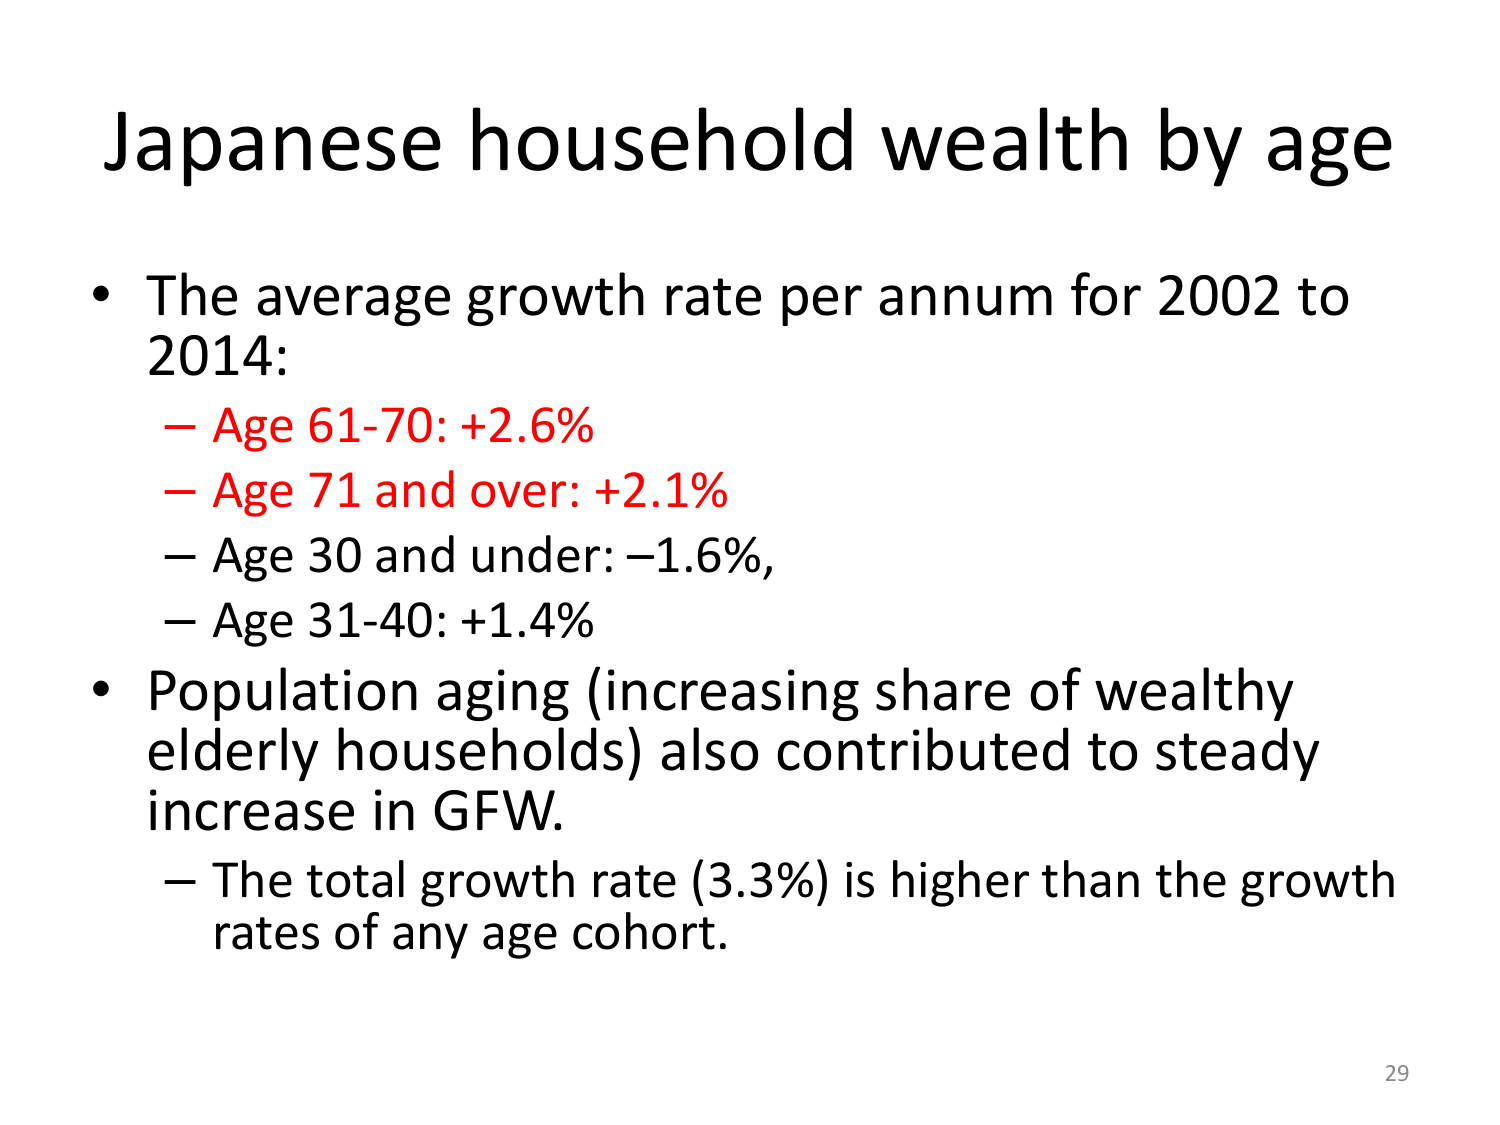
Japanese household wealth by age

• The average growth rate per annum for 2002 to 2014:
– Age 61-70: +2.6%
– Age 71 and over: +2.1%
– Age 30 and under: –1.6%,
– Age 31-40: +1.4%

• Population aging (increasing share of wealthy elderly households) also contributed to steady increase in GFW.
– The total growth rate (3.3%) is higher than the growth rates of any age cohort.

29